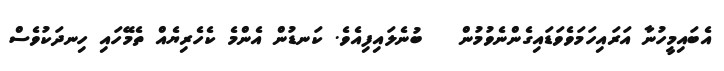
އެބައިމީހުނާ އަރައިހަމަވެވަޑައިގެންނެވުމުން   ބުނެލައިފިއެވެ. ކަނޑުން އެންމެ ކެހެރިޔެއް ތެމޭހައި ހިނދަކުވެސް